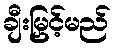
ချီးမြှင့်မည်